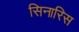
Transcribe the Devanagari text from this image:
सिनारिस